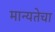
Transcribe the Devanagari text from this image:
मान्यतेचा